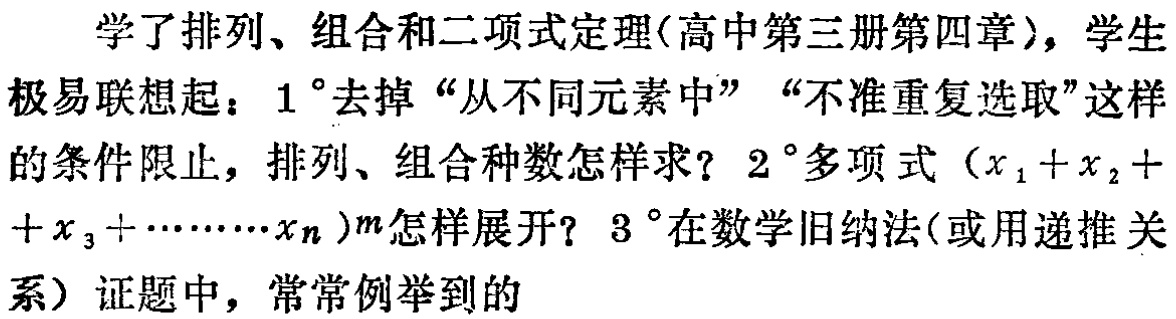
学了排列、组合和二项式定理(高中第三册第四章)，学生极易联想起：$1^{\circ}$去掉“从不同元素中”“不准重复选取”这样的条件限止，排列、组合种数怎样求？$2^{\circ}$多项式（$x_{1}+x_{2}++x_{3}+\cdots\cdots x_{n}$)$m$怎样展开？$3^{\circ}$在数学旧纳法(或用递推关系）证题中，常常例举到的